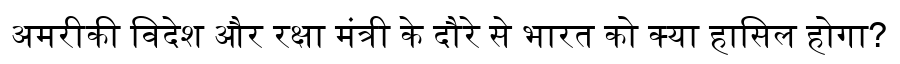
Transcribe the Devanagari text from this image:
अमरीकी विदेश और रक्षा मंत्री के दौरे से भारत को क्या हासिल होगा?